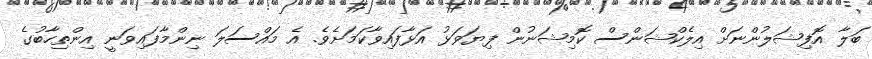
ބަލާ އޮފިޝަލުންނަށް އިލެކްޝަންސް ކޮމިޝަނުން ފިޔަވަޅު އަޅާފައިވާކަމަށެވެ. އެ މައްސަލަ ނިންމާފައިވަނީ އިންތިހާބުގެ